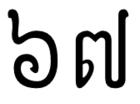
៦៧